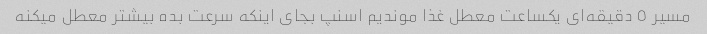
مسیر ٥ دقیقه‌ای یکساعت معطل غذا موندیم اسنپ بجای اینکه سرعت بده بیشتر معطل میکنه